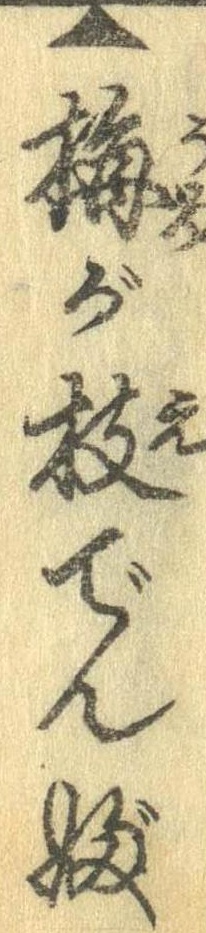
▲梅が枝でんぶ